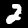
Digit: 2